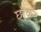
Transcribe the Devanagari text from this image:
छोकर